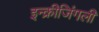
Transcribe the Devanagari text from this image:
इन्क्रीजिंगली